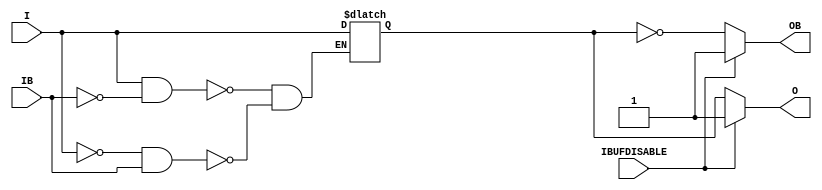
///////////////////////////////////////////////////////////////////////////////
// Copyright (c) 1995/2004 Xilinx, Inc.
// All Right Reserved.
///////////////////////////////////////////////////////////////////////////////
//   ____  ____
//  /   /\/   /
// /___/  \  /    Vendor : Xilinx
// \   \   \/     Version : 10.1
//  \   \         Description : Xilinx Formal Library Component
//  /   /                  Differential Signaling Input Buffer with Differential Outputs
// /___/   /\     Filename : IBUFDS_DIFF_OUT_IBUFDISABLE.v
// \   \  /  \    Timestamp : Wed Dec  8 17:04:24 PST 2010
//  \___\/\___\
//
// Revision:
//    12/08/10 - Initial version.
// End Revision

`timescale  1 ps / 1 ps


module IBUFDS_DIFF_OUT_IBUFDISABLE (O, OB, I, IB, IBUFDISABLE);

    parameter DIFF_TERM = "FALSE";
    parameter IBUF_LOW_PWR = "TRUE";
    parameter IOSTANDARD = "DEFAULT";

    output O; 
    output OB;

    input I;
    input IB;
    input IBUFDISABLE;

    reg  o_out;

    always @(I or IB) begin
	if (I == 1'b1 && IB == 1'b0)
	    o_out <= I;
	else if (I == 1'b0 && IB == 1'b1)
	    o_out <= I;
    end

   assign O  = (IBUFDISABLE == 0) ? o_out : 1'b1;
   assign OB = (IBUFDISABLE == 0) ? ~o_out : 1'b1;

endmodule